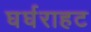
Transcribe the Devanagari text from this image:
घर्घराहट